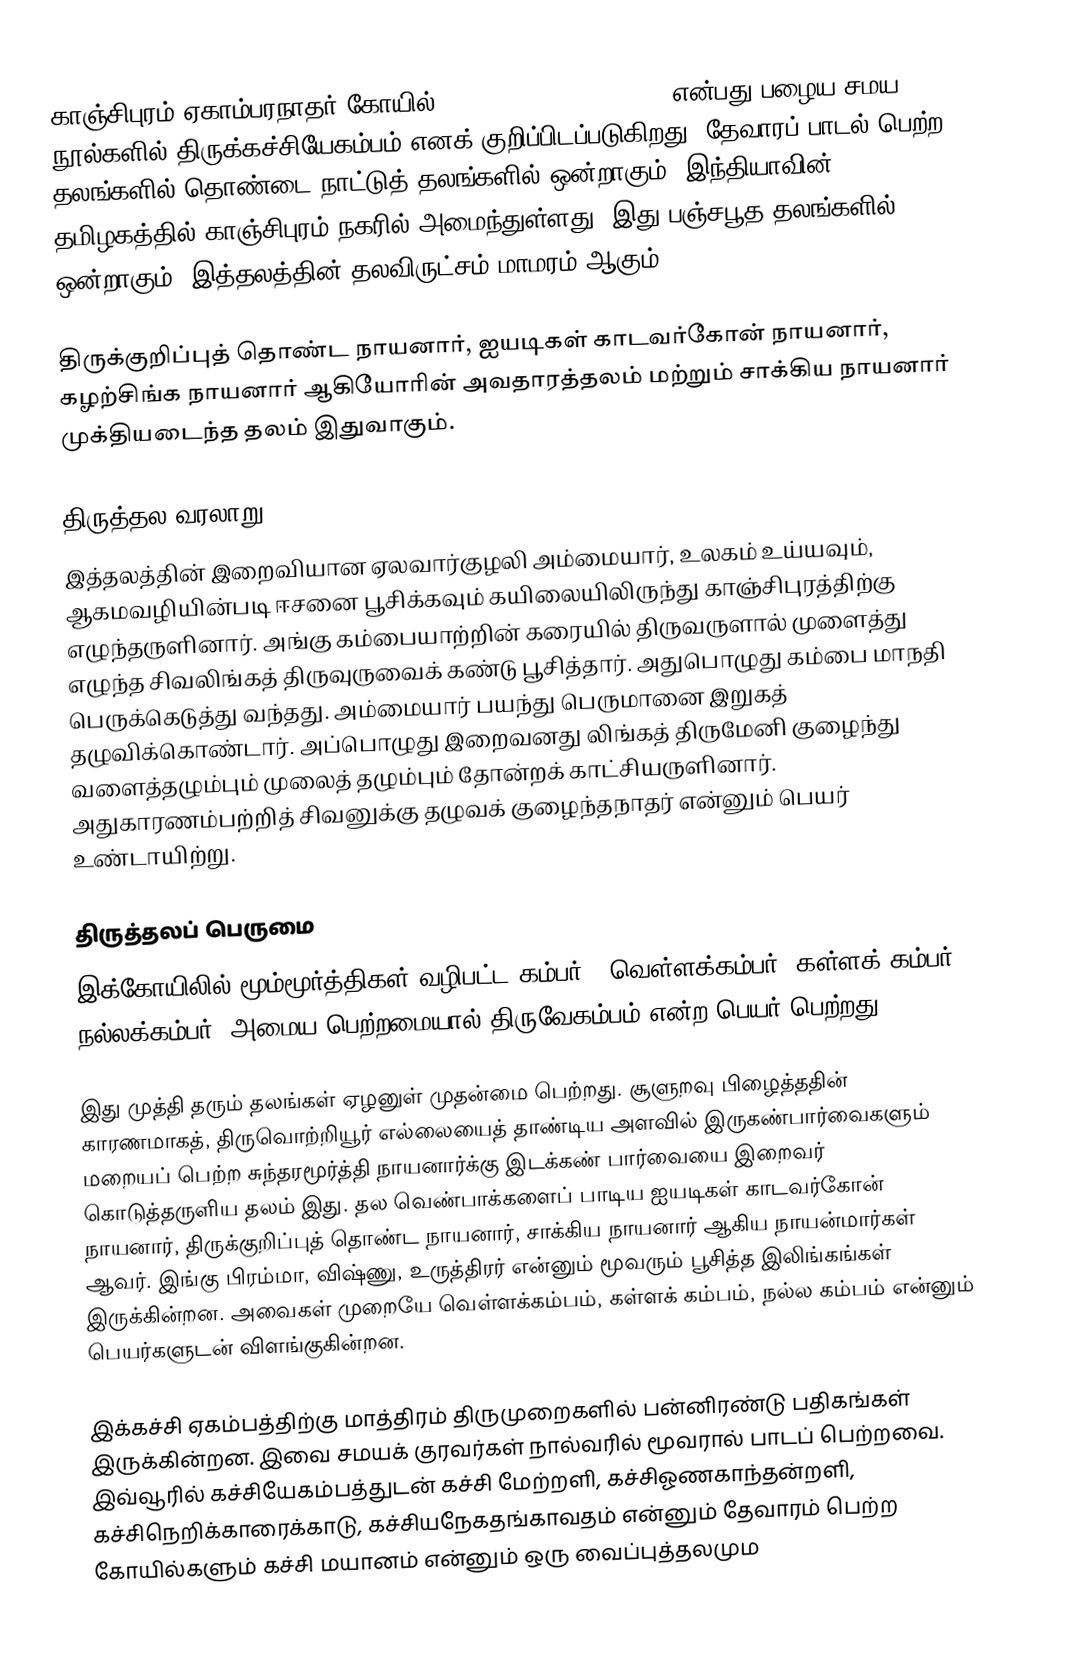
காஞ்சிபுரம் ஏகாம்பரநாதர் கோயில் (Ekambareswarar Temple) என்பது பழைய சமய நூல்களில் திருக்கச்சியேகம்பம் எனக் குறிப்பிடப்படுகிறது. தேவாரப் பாடல் பெற்ற தலங்களில் தொண்டை நாட்டுத் தலங்களில் ஒன்றாகும். இந்தியாவின் தமிழகத்தில் காஞ்சிபுரம் நகரில் அமைந்துள்ளது. இது பஞ்சபூத தலங்களில் ஒன்றாகும். இத்தலத்தின் தலவிருட்சம் மாமரம் ஆகும்.

திருக்குறிப்புத் தொண்ட நாயனார், ஐயடிகள் காடவர்கோன் நாயனார், கழற்சிங்க நாயனார் ஆகியோரின் அவதாரத்தலம் மற்றும் சாக்கிய நாயனார் முக்தியடைந்த தலம் இதுவாகும்.

திருத்தல வரலாறு
இத்தலத்தின் இறைவியான ஏலவார்குழலி அம்மையார், உலகம் உய்யவும், ஆகமவழியின்படி ஈசனை பூசிக்கவும் கயிலையிலிருந்து காஞ்சிபுரத்திற்கு எழுந்தருளினார். அங்கு கம்பையாற்றின் கரையில் திருவருளால் முளைத்து எழுந்த சிவலிங்கத் திருவுருவைக் கண்டு பூசித்தார். அதுபொழுது கம்பை மாநதி பெருக்கெடுத்து வந்தது. அம்மையார் பயந்து பெருமானை இறுகத் தழுவிக்கொண்டார். அப்பொழுது இறைவனது லிங்கத் திருமேனி குழைந்து வளைத்தழும்பும் முலைத் தழும்பும் தோன்றக் காட்சியருளினார். அதுகாரணம்பற்றித் சிவனுக்கு தழுவக் குழைந்தநாதர் என்னும் பெயர் உண்டாயிற்று.

திருத்தலப் பெருமை
 இக்கோயிலில் மூம்மூர்த்திகள் வழிபட்ட கம்பர் ( வெள்ளக்கம்பர், கள்ளக் கம்பர், நல்லக்கம்பர்) அமைய பெற்றமையால் திருவேகம்பம் என்ற பெயர் பெற்றது.

இது முத்தி தரும் தலங்கள் ஏழனுள் முதன்மை பெற்றது. சூளுறவு பிழைத்ததின் காரணமாகத், திருவொற்றியூர் எல்லையைத் தாண்டிய அளவில் இருகண்பார்வைகளும் மறையப் பெற்ற சுந்தரமூர்த்தி நாயனார்க்கு இடக்கண் பார்வையை இறைவர் கொடுத்தருளிய தலம் இது. தல வெண்பாக்களைப் பாடிய ஐயடிகள் காடவர்கோன் நாயனார், திருக்குறிப்புத் தொண்ட நாயனார், சாக்கிய நாயனார் ஆகிய நாயன்மார்கள் ஆவர். இங்கு பிரம்மா, விஷ்ணு, உருத்திரர் என்னும் மூவரும் பூசித்த இலிங்கங்கள் இருக்கின்றன. அவைகள் முறையே வெள்ளக்கம்பம், கள்ளக் கம்பம், நல்ல கம்பம் என்னும் பெயர்களுடன் விளங்குகின்றன.

இக்கச்சி ஏகம்பத்திற்கு மாத்திரம் திருமுறைகளில் பன்னிரண்டு பதிகங்கள் இருக்கின்றன. இவை சமயக் குரவர்கள் நால்வரில் மூவரால்  பாடப் பெற்றவை. இவ்வூரில் கச்சியேகம்பத்துடன் கச்சி மேற்றளி, கச்சிஓணகாந்தன்றளி, கச்சிநெறிக்காரைக்காடு, கச்சியநேகதங்காவதம் என்னும் தேவாரம் பெற்ற கோயில்களும் கச்சி மயானம் என்னும் ஒரு வைப்புத்தலமும